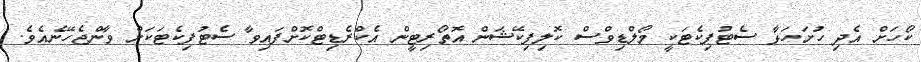
ކޯހަށް އެދި ހުށަހަޅާ ސެޓުފިކެޓަކީ މޯލްޑިވްސް ކޮލިފިކޭޝަން އޮތޯރިޓީން އެކްރެޑިޓްކޮށްފައިވާ ސެޓުފިކެޓަކަށް ވާންޖެހޭނެއެވެ.